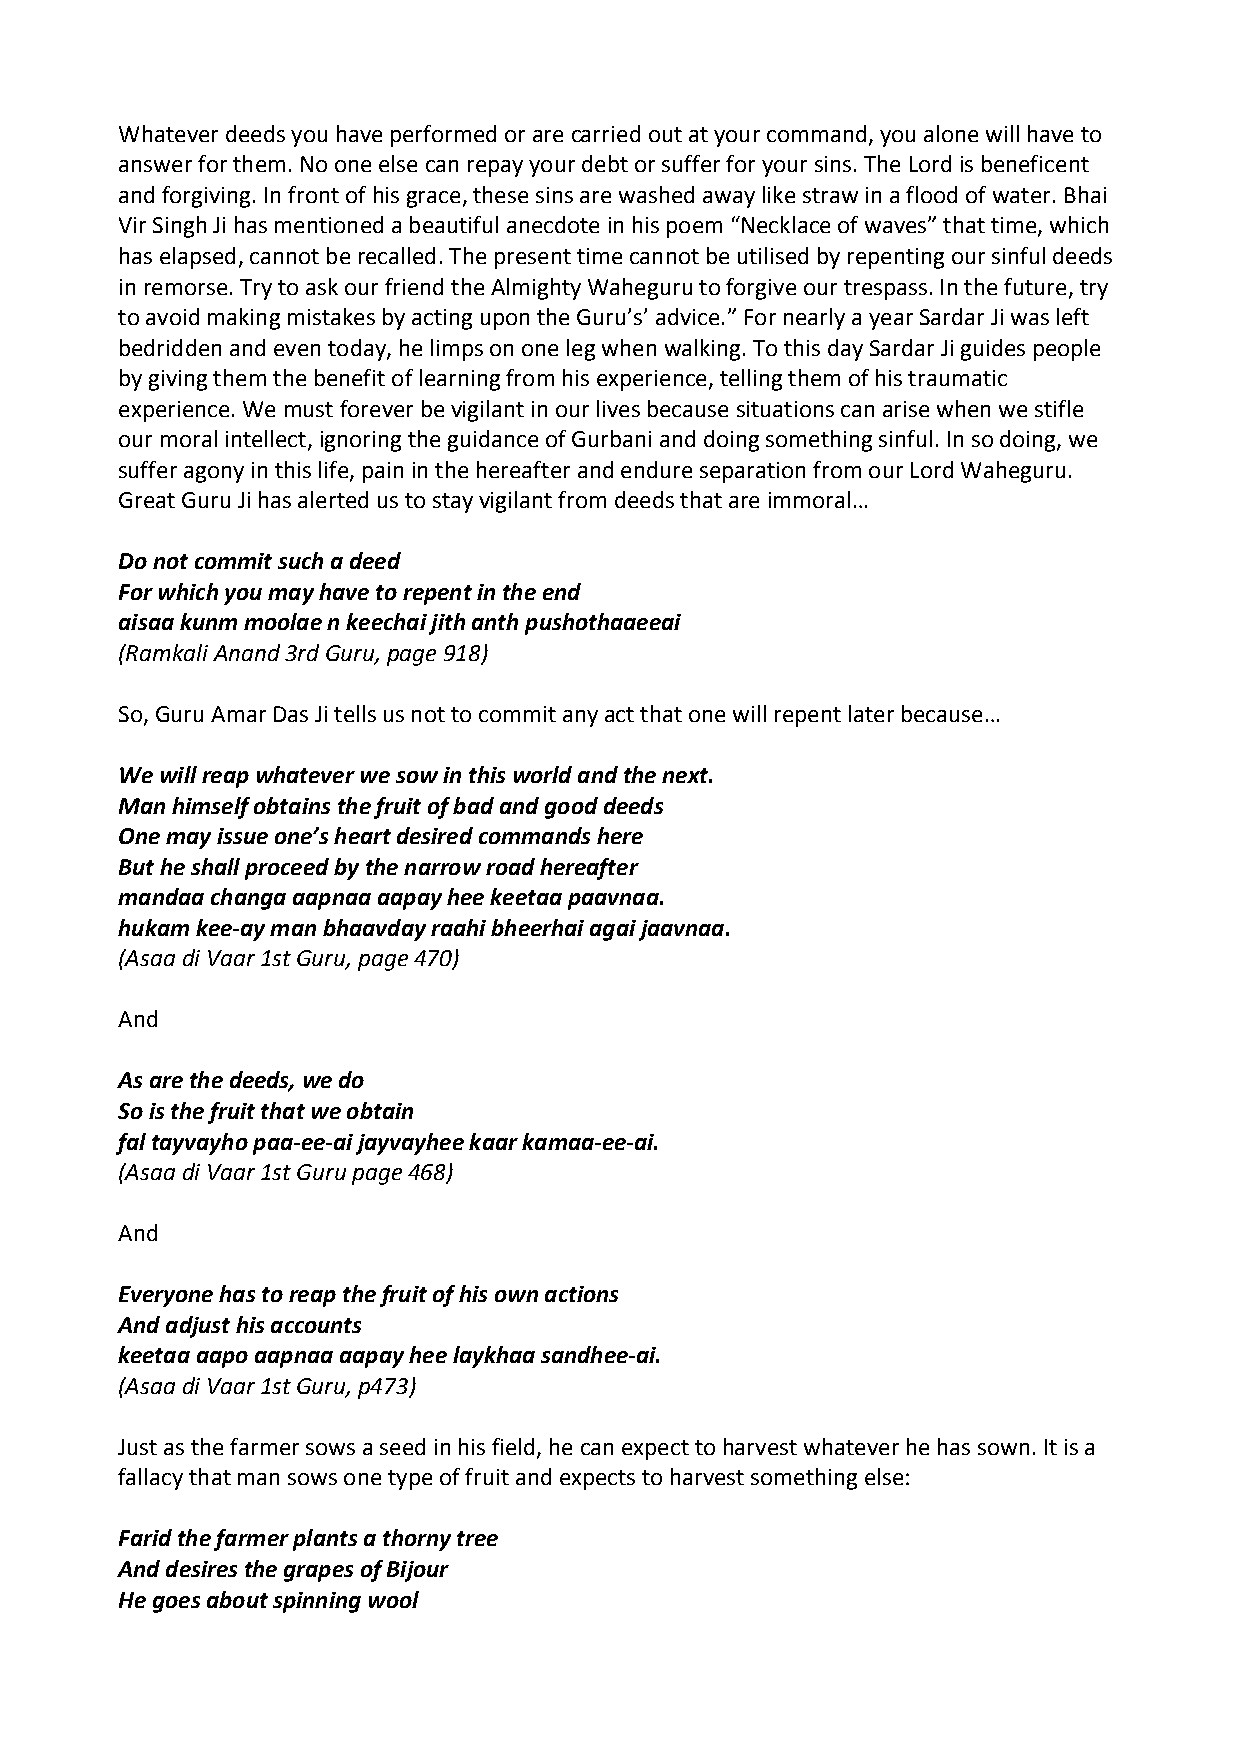
Whatever deeds you have performed or are carried out at your command, you alone will have to
 answer for them. No one else can repay your debt or suffer for your sins. The Lord is beneficent
 and forgiving. In front of his grace, these sins are washed away like straw in a flood of water. Bhai
 Vir Singh Ji has mentioned a beautiful anecdote in his poem “Necklace of waves” that time, which
 has elapsed, cannot be recalled. The present time cannot be utilised by repenting our sinful deeds
 in remorse. Try to ask our friend the Almighty Waheguru to forgive our trespass. In the future, try
 to avoid making mistakes by acting upon the Guru’s’ advice.” For nearly a year Sardar Ji was left
 bedridden and even today, he limps on one leg when walking. To this day Sardar Ji guides people
 by giving them the benefit of learning from his experience, telling them of his traumatic
 experience. We must forever be vigilant in our lives because situations can arise when we stifle
 our moral intellect, ignoring the guidance of Gurbani and doing something sinful. In so doing, we
 suffer agony in this life, pain in the hereafter and endure separation from our Lord Waheguru.
 Great Guru Ji has alerted us to stay vigilant from deeds that are immoral…
 Do not commit such a deed
 For which you may have to repent in the end
 aisaa kunm moolae n keechai jith anth pushothaaeeai
 (Ramkali Anand 3rd Guru, page 918)
 So, Guru Amar Das Ji tells us not to commit any act that one will repent later because…
 We will reap whatever we sow in this world and the next.
 Man himself obtains the fruit of bad and good deeds
 One may issue one’s heart desired commands here
 But he shall proceed by the narrow road hereafter
 mandaa changa aapnaa aapay hee keetaa paavnaa.
 hukam kee‐ay man bhaavday raahi bheerhai agai jaavnaa.
 (Asaa di Vaar 1st Guru, page 470)
 And
 As are the deeds, we do
 So is the fruit that we obtain
 fal tayvayho paa‐ee‐ai jayvayhee kaar kamaa‐ee‐ai.
 (Asaa di Vaar 1st Guru page 468)
 And
 Everyone has to reap the fruit of his own actions
 And adjust his accounts
 keetaa aapo aapnaa aapay hee laykhaa sandhee‐ai.
 (Asaa di Vaar 1st Guru, p473)
 Just as the farmer sows a seed in his field, he can expect to harvest whatever he has sown. It is a
 fallacy that man sows one type of fruit and expects to harvest something else:
 Farid the farmer plants a thorny tree
 And desires the grapes of Bijour
 He goes about spinning wool